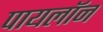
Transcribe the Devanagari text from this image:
पायलॉन